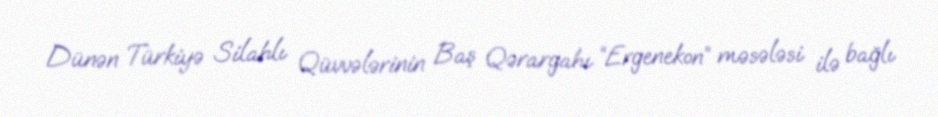
Dünən Türkiyə Silahlı Qüvvələrinin Baş Qərargahı “Ergenekon” məsələsi ilə bağlı